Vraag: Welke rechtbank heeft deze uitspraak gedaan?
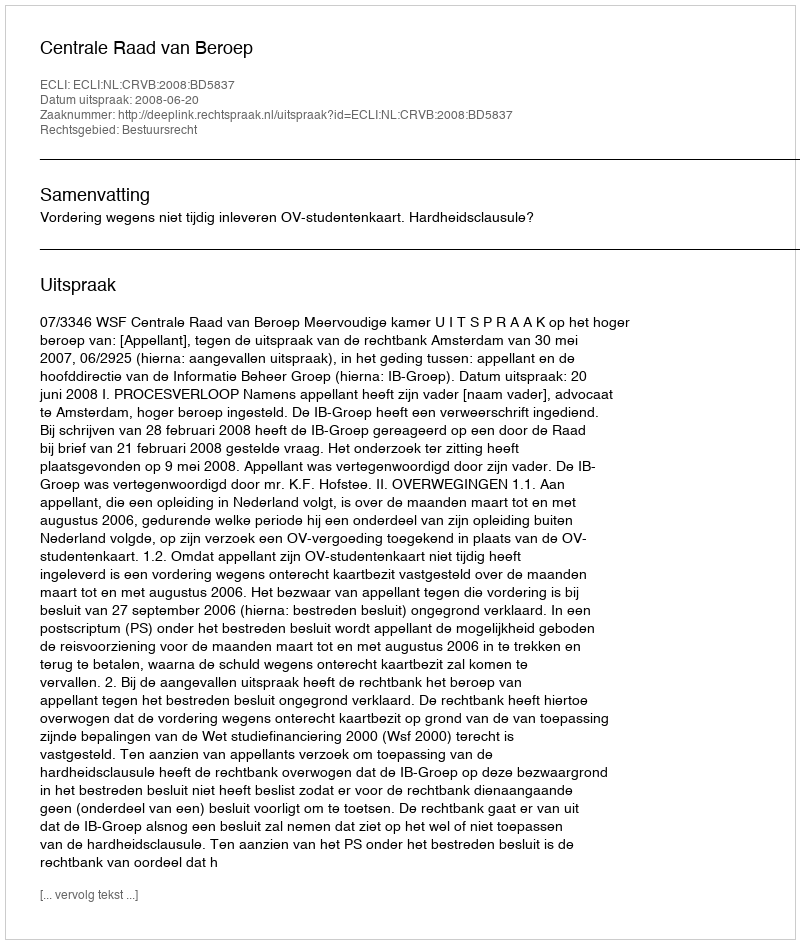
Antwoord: Centrale Raad van Beroep